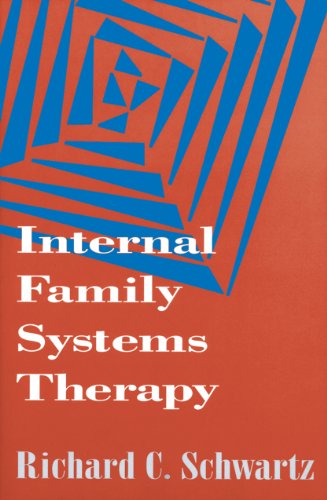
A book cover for Internal Family Systems Therapy (The Guilford Family Therapy); Richard C. Schwartz Ph.D.; Medical Books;